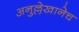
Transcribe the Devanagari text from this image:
अनुल्लेखानेच